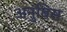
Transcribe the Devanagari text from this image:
अनुबिस